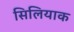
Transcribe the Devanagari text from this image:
सिलियाक